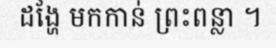
ដង្ហែ មកកាន់ ព្រះពន្លា ។